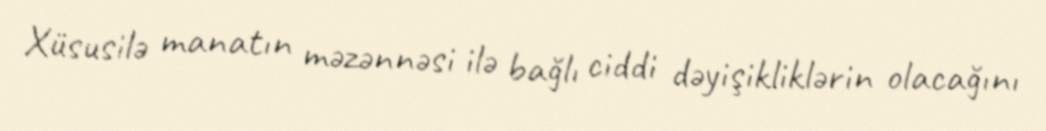
Xüsusilə manatın məzənnəsi ilə bağlı ciddi dəyişikliklərin olacağını